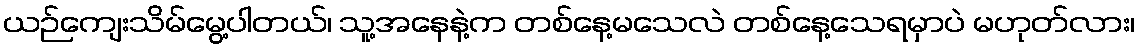
ယဉ်ကျေးသိမ်မွေ့ပါတယ်၊ သူ့အနေနဲ့က တစ်နေ့မသေလဲ တစ်နေ့သေရမှာပဲ မဟုတ်လား၊